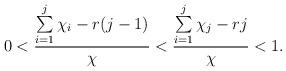
LaTeX: \begin{align*}0 < \frac{ \sum\limits _{i=1}^j\chi_i - r(j-1)}{\chi} < \frac{\sum\limits_{i=1}^j\chi_j-rj}{\chi} < 1. \end{align*}